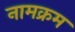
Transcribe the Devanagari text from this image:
नामक्रम